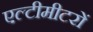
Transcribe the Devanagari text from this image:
एल्टीमीटरों